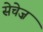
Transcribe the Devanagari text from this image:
सेचेज़